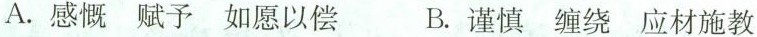
A.感慨 赋予 如愿以偿 B.谨慎 缠绕 应材施教